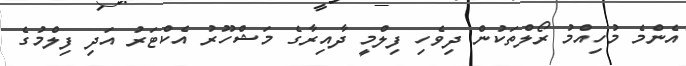
އެންމެ މުހިއްމު ރޯލްތަކުން ދިވެހި ފިލްމީ ދާއިރާގެ މަޝްހޫރު އެކްޓަރު އަދި ފިލްމުގެ